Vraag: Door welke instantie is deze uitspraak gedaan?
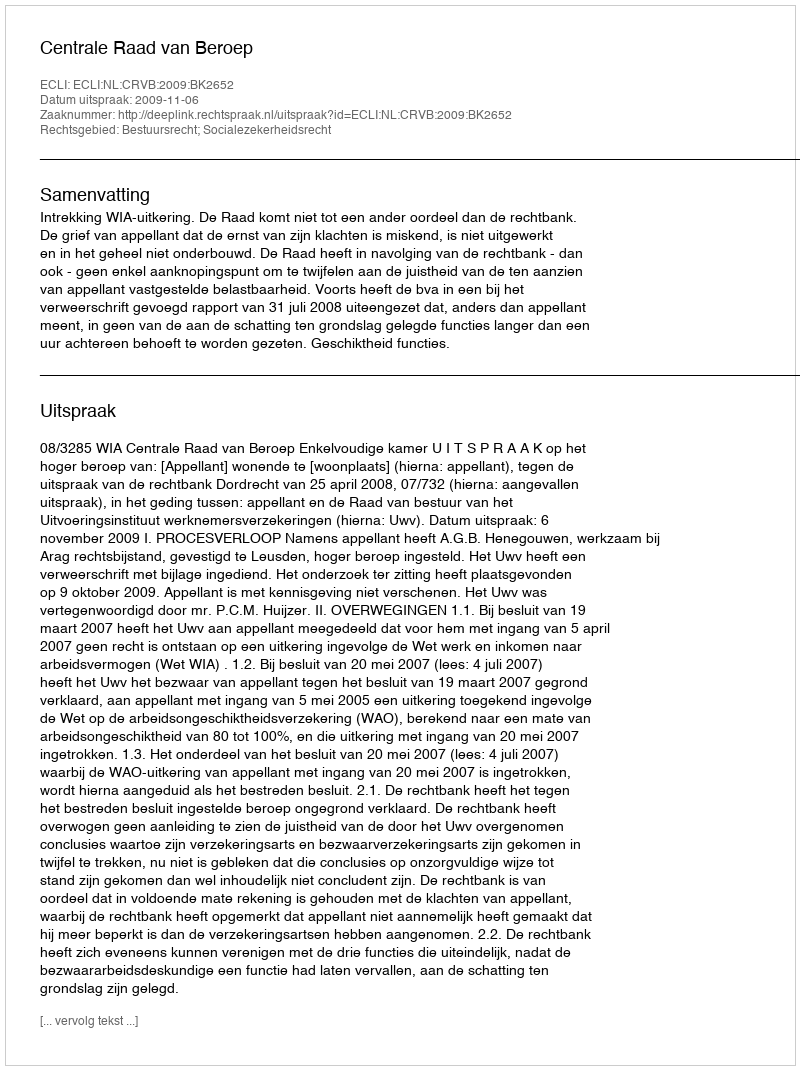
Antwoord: Centrale Raad van Beroep